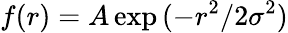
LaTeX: f(r)=A\exp{(-r^{2}/2\sigma^{2})}